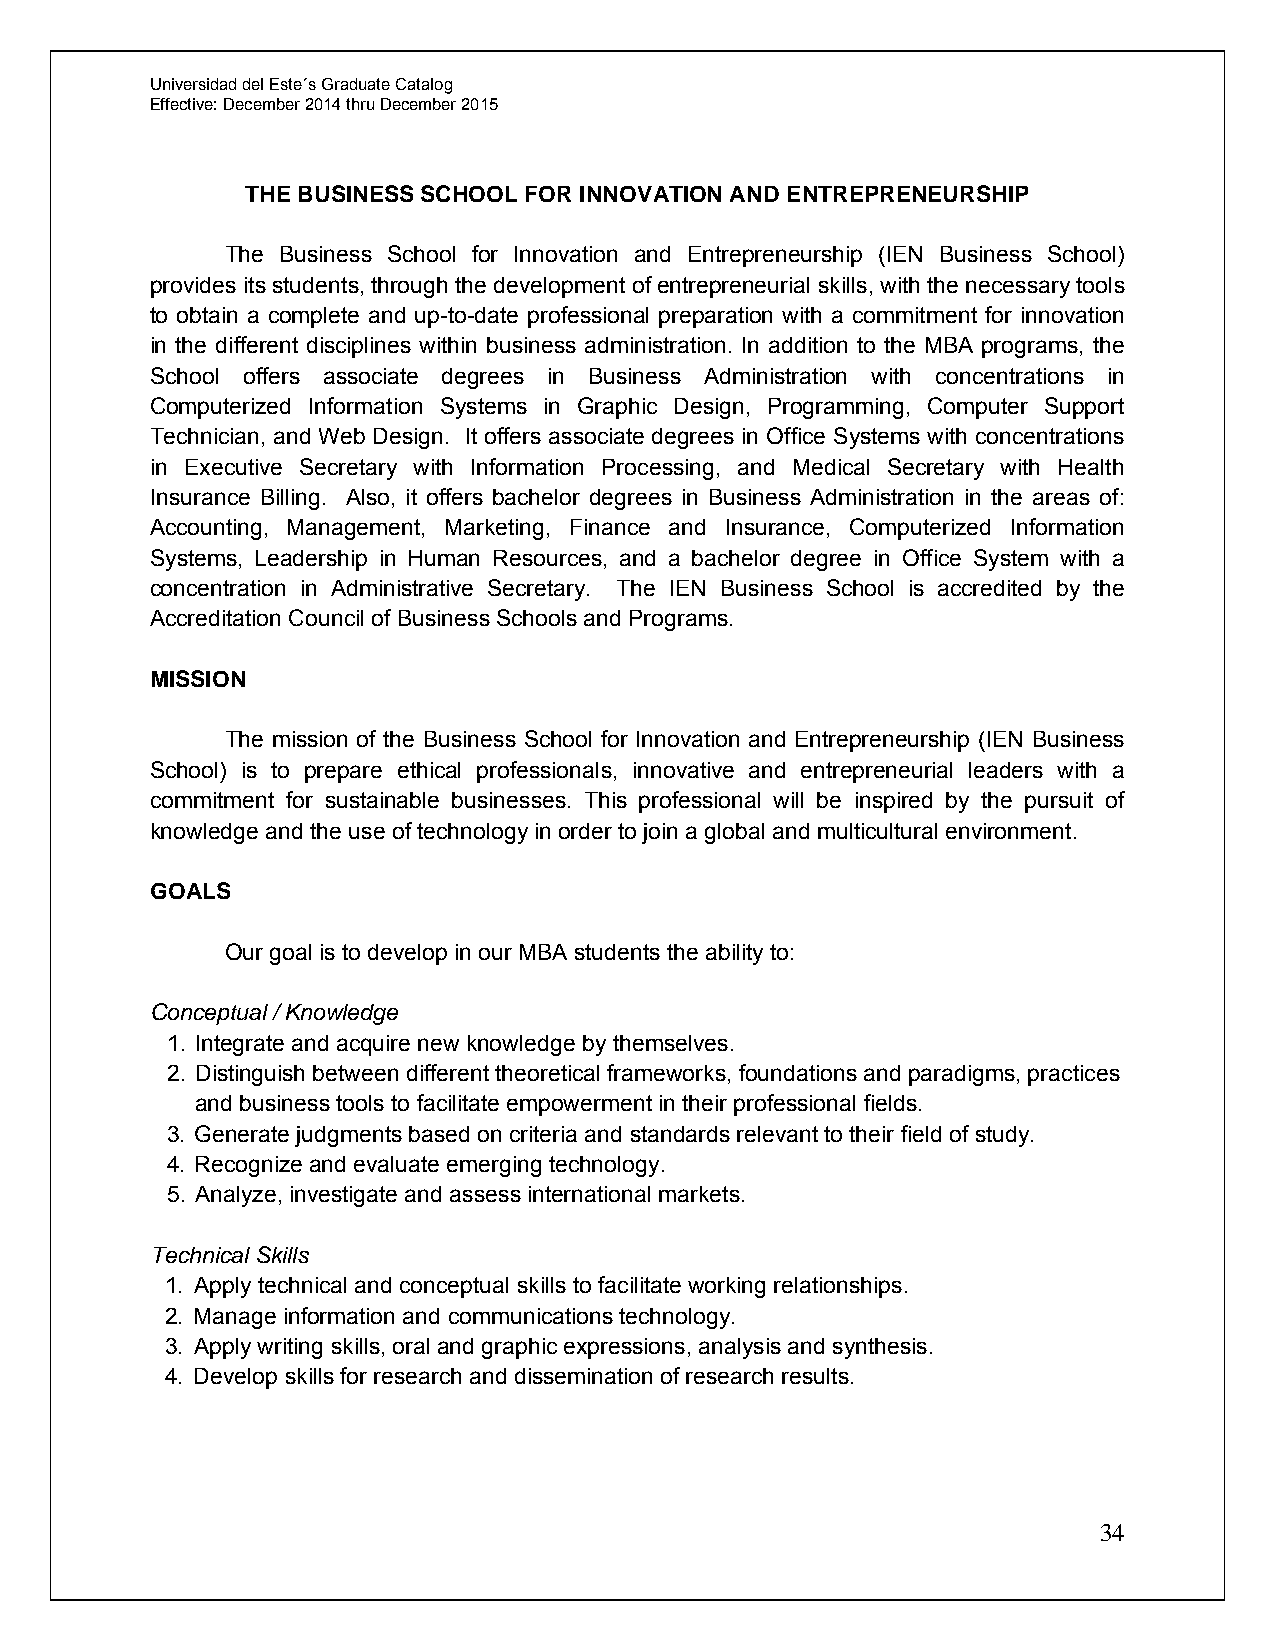
Universidad del Este´s Graduate Catalog
 Effective: December 2014 thru December 2015
 THE BUSINESS SCHOOL FOR INNOVATION AND ENTREPRENEURSHIP
 The Business School for Innovation and Entrepreneurship (IEN Business School)
 provides its students, through the development of entrepreneurial skills, with the necessary tools
 to obtain a complete and up-to-date professional preparation with a commitment for innovation
 in the different disciplines within business administration. In addition to the MBA programs, the
 School offers associate degrees in Business Administration with concentrations in
 Computerized Information Systems in Graphic Design, Programming, Computer Support
 Technician, and Web Design. It offers associate degrees in Office Systems with concentrations
 in Executive Secretary with Information Processing, and Medical Secretary with Health
 Insurance Billing. Also, it offers bachelor degrees in Business Administration in the areas of:
 Accounting, Management, Marketing, Finance and Insurance, Computerized Information
 Systems, Leadership in Human Resources, and a bachelor degree in Office System with a
 concentration in Administrative Secretary. The IEN Business School is accredited by the
 Accreditation Council of Business Schools and Programs.
 MISSION
 The mission of the Business School for Innovation and Entrepreneurship (IEN Business
 School) is to prepare ethical professionals, innovative and entrepreneurial leaders with a
 commitment for sustainable businesses. This professional will be inspired by the pursuit of
 knowledge and the use of technology in order to join a global and multicultural environment.
 GOALS
 Our goal is to develop in our MBA students the ability to:
 Conceptual / Knowledge
 1. Integrate and acquire new knowledge by themselves.
 2. Distinguish between different theoretical frameworks, foundations and paradigms, practices
 and business tools to facilitate empowerment in their professional fields.
 3. Generate judgments based on criteria and standards relevant to their field of study.
 4. Recognize and evaluate emerging technology.
 5. Analyze, investigate and assess international markets.
 Technical Skills
 1. Apply technical and conceptual skills to facilitate working relationships.
 2. Manage information and communications technology.
 3. Apply writing skills, oral and graphic expressions, analysis and synthesis.
 4. Develop skills for research and dissemination of research results.
 34